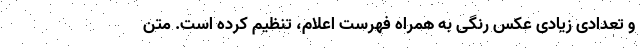
و تعدادی زیادی عکس رنگی به همراه فهرست اعلام، تنظیم کرده است. متن